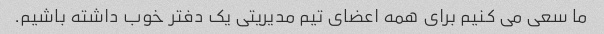
ما سعی می کنیم برای همه اعضای تیم مدیریتی یک دفتر خوب داشته باشیم.